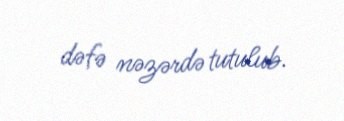
dəfə nəzərdə tutulub.